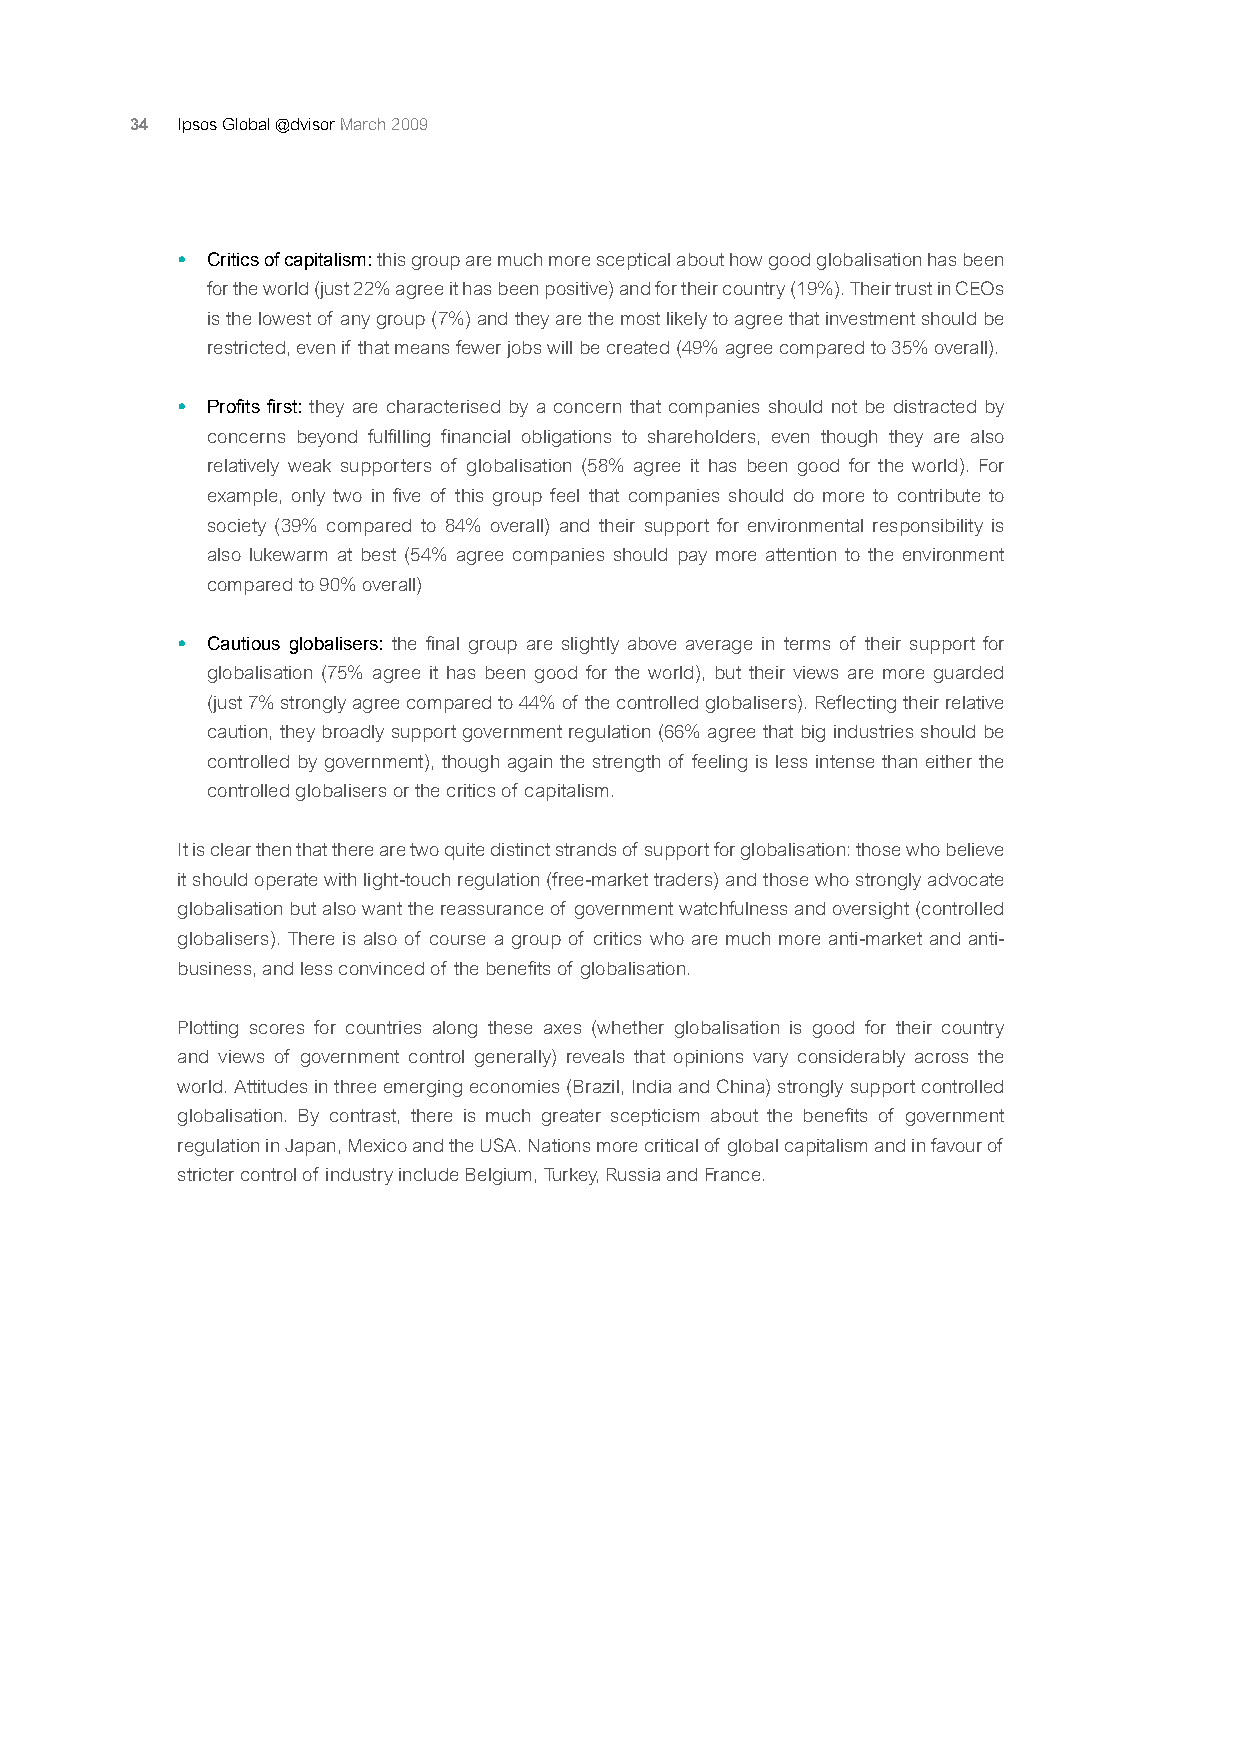
34 Ipsos Global @dvisor March 2009
 • Critics of capitalism: this group are much more sceptical about how good globalisation has been
 for the world (just 22% agree it has been positive) and for their country (19%). Their trust in CEOs
 is the lowest of any group (7%) and they are the most likely to agree that investment should be
 restricted, even if that means fewer jobs will be created (49% agree compared to 35% overall).
 • Profits first: they are characterised by a concern that companies should not be distracted by
 concerns beyond fulfilling financial obligations to shareholders, even though they are also
 relatively weak supporters of globalisation (58% agree it has been good for the world). For
 example, only two in five of this group feel that companies should do more to contribute to
 society (39% compared to 84% overall) and their support for environmental responsibility is
 also lukewarm at best (54% agree companies should pay more attention to the environment
 compared to 90% overall)
 • Cautious globalisers: the final group are slightly above average in terms of their support for
 globalisation (75% agree it has been good for the world), but their views are more guarded
 (just 7% strongly agree compared to 44% of the controlled globalisers). Reflecting their relative
 caution, they broadly support government regulation (66% agree that big industries should be
 controlled by government), though again the strength of feeling is less intense than either the
 controlled globalisers or the critics of capitalism.
 It is clear then that there are two quite distinct strands of support for globalisation: those who believe
 it should operate with light-touch regulation (free-market traders) and those who strongly advocate
 globalisation but also want the reassurance of government watchfulness and oversight (controlled
 globalisers). There is also of course a group of critics who are much more anti-market and anti-
 business, and less convinced of the benefits of globalisation.
 Plotting scores for countries along these axes (whether globalisation is good for their country
 and views of government control generally) reveals that opinions vary considerably across the
 world. Attitudes in three emerging economies (Brazil, India and China) strongly support controlled
 globalisation. By contrast, there is much greater scepticism about the benefits of government
 regulation in Japan, Mexico and the USA. Nations more critical of global capitalism and in favour of
 stricter control of industry include Belgium, Turkey, Russia and France.